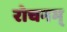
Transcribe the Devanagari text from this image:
रोचनम्